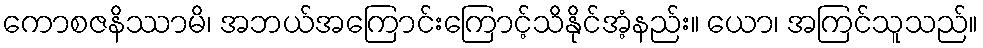
ကောစဇနိဿာမိ၊ အဘယ်အကြောင်းကြောင့်သိနိုင်အံ့နည်း။ ယော၊ အကြင်သူသည်။